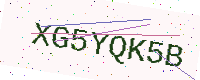
Text: XG5YQK5B